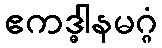
ဧကဒ္ဓါနမဂ္ဂံ